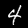
Digit: 4